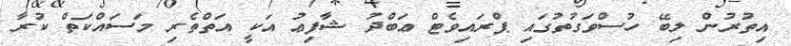
އިތުރުން ލިބޭ ހުސްވަގުތުގައި ޕްރައިވެޓް ޢަބްދު ޝާފިޢު އަކީ އަތްތެރި މަސައްކަތް ކުރާ